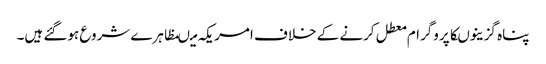
پناہ گزینوںکاپروگرام معطل کرنے کے خلاف امریکہ میںمظاہرے شروع ہوگئے ہیں۔